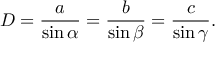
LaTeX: D = { \frac { a } { \sin \alpha } } = { \frac { b } { \sin \beta } } = { \frac { c } { \sin \gamma } } .